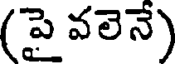
(పై వలెనే)